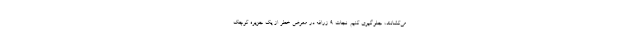
می‌کشانند، جلوگیری کنیم. نجات 9 زرافه در معرض خطر از یک جزیره کوچک